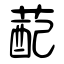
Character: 蓜